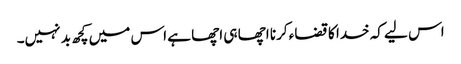
اس لیے کہ خدا کا قضاء کرنا اچھا ہی اچھا ہے اس میں کچھ بد نہیں۔